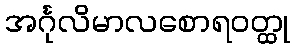
အင်္ဂုလိမာလစောရဝတ္ထု